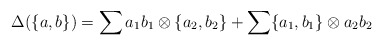
\begin{align*}\Delta(\{a,b\})=\sum a_1b_1\otimes\{a_2,b_2\}+\sum\{a_1,b_1\}\otimes a_2b_2\end{align*}